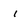
Character: i